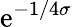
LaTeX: \mathrm{e}^{-1/4\sigma}